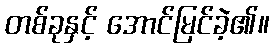
တစ်ခုနှင့် အောင်မြင်ခဲ့၏။